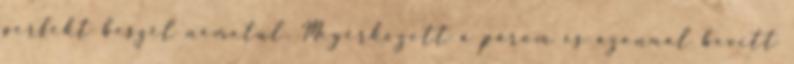
perfekt beszél németül. Megérkezett a párom és azonnal bevitt